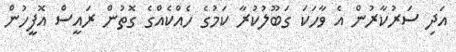
އަދި ސަރުކާރުން އެ ވާހަކަ ގަބޫލުކުރާ ކަމުގެ ހެއްކެއްގެ ގޮތުން ރައީސް އޮފީހުން